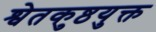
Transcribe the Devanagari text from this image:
श्वेतकुष्ठयुक्त